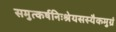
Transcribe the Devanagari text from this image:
समुत्कर्षनिःश्रेयसस्यैकमुग्रं